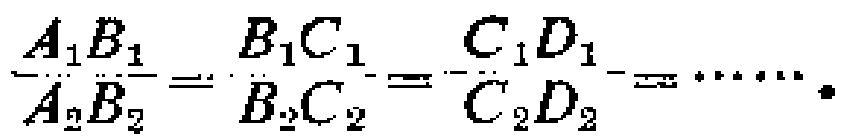
$\frac{A_{1}B_{1}}{A_{2}B_{2}}=\frac{B_{1}C_{1}}{B_{2}C_{2}}=\frac{C_{1}D_{1}}{C_{2}D_{2}}=\cdots\cdots.$